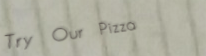
Try Our Pizza